Plague in India, 1896, 1897 - Volume 3
Year: 1896
Disease focus: Plague
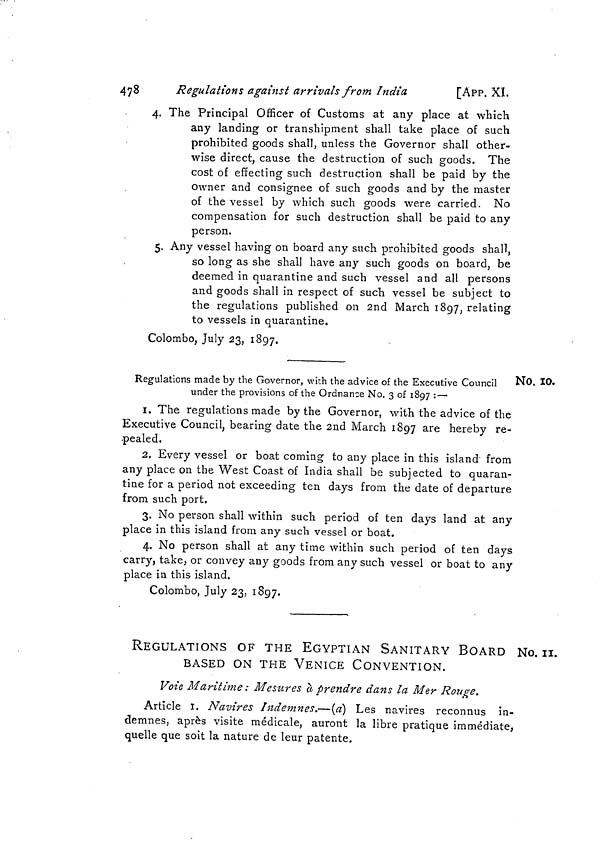
478
Regulations against arrivals from India
[App. XI.
4. The Principal Officer of Customs at any place at which
any landing or transhipment shall take place of such
prohibited goods shall, unless the Governor shall other-
wise direct, cause the destruction of such goods. The
cost of effecting such destruction shall be paid by the
Owner and consignee of such goods and by the master
of the vessel by which such goods were carried. No
compensation for such destruction shall be paid to any
person.
5. Any vessel having on board any such prohibited goods shall,
so long as she shall have any such goods on board, be
deemed in quarantine and such vessel and all persons
and goods shall in respect of such vessel be subject to
the regulations published on 2nd March 1897, relating
to vessels in quarantine.
Colombo, July 23, 1897.
No. 10.
Regulations made by the Governor, with the advice of the Executive Council
»
under the provisions of the Ordnance No. 3 of 1897 : —
1. The regulations made by the Governor, with the advice of the
Executive Council, bearing date the 2nd March 1897 are hereby re-
pealed,
2. Every vessel or boat coming to any place in this island from
any place on the West Coast of India shall be subjected to quaran-
tine for a period not exceeding ten days from the date of departure
from such port.
3. No person shall within such period of ten days land at any
place in this island from any such vessel or boat.
4. No person shall at any time within such period of ten days
carry, take, or convey any goods from any such vessel or boat to any
place in this island.
Colombo, July 23, 1897.
No. 11.
REGULATIONS OF THE EGYPTIAN SANITARY BOARD
BASED ON THE VENICE CONVENTION.
Voie Maritime: Mesures a prendre dans la Mer Rouge.
Article I. Navires Indemnes.—(a] Les navires reconnus in-
demnes, après visite médicale, auront la libre pratique immédiate,
quelle que soit la nature de leur patente.